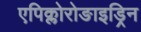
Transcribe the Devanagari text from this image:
एपिक्लोरोङाइड्रिन